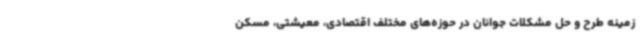
زمینه طرح و حل مشکلات جوانان در حوزه‌های مختلف اقتصادی، معیشتی، مسکن